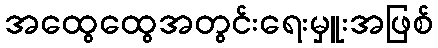
အထွေထွေအတွင်းရေးမှူးအဖြစ်